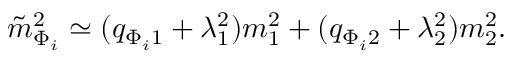
{ \tilde { m } _ { \Phi _ { i } } } ^ { 2 } \simeq ( q _ { \Phi _ { i } 1 } + \lambda _ { 1 } ^ { 2 } ) m _ { 1 } ^ { 2 } + ( q _ { \Phi _ { i } 2 } + \lambda _ { 2 } ^ { 2 } ) m _ { 2 } ^ { 2 } .